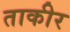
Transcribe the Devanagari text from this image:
ताकीर